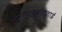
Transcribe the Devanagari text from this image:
ईरुनगत्तुकोत्ताई